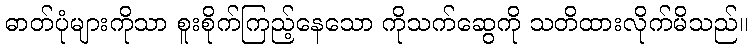
ဓာတ်ပုံများကိုသာ စူးစိုက်ကြည့်နေသော ကိုသက်ဆွေကို သတိထားလိုက်မိသည်။